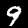
Digit: 9